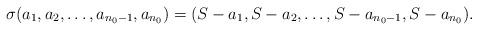
LaTeX: \begin{align*}\sigma(a_1,a_2,\ldots,a_{n_0 -1},a_{n_0}) &= (S- a_1,S- a_2,\ldots,S- a_{n_0 -1},S- a_{n_0}).\end{align*}